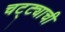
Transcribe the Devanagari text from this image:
चट्ट्याची